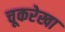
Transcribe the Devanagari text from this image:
चूकरेखा